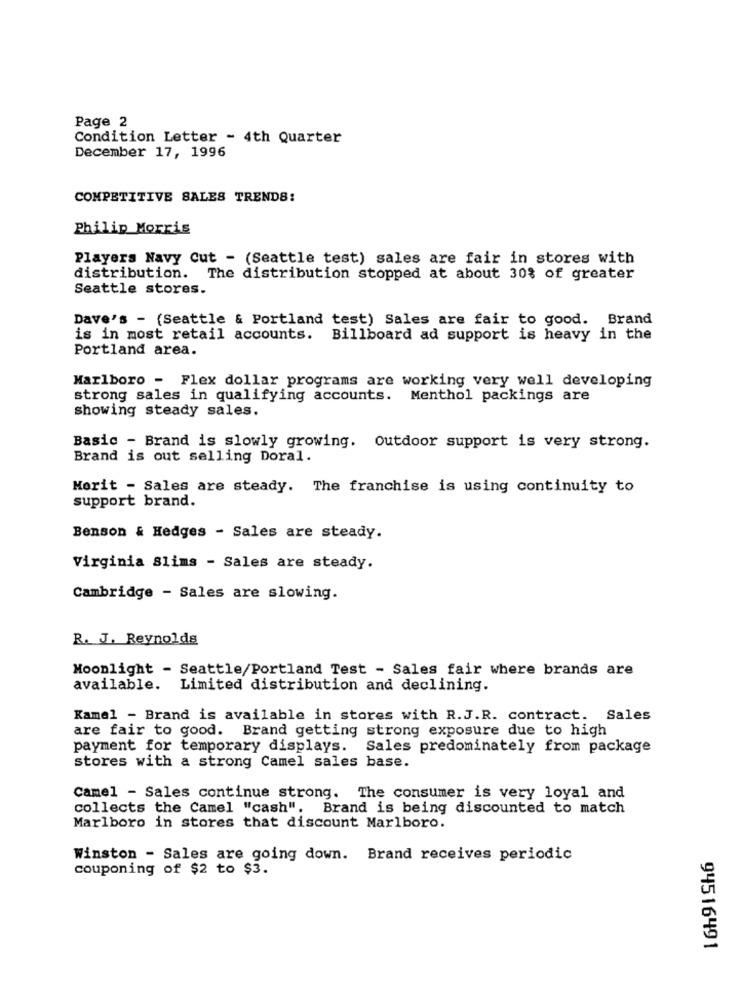
Page 2
Condition Letter - 4th Quarter
December 17, 1996
COMPETITIVE SALES TRENDS:
Philip Morris
Players Navy Cut - (Seattle test) sales are fair in stores with
distribution. The distribution stopped at about 30% of greater
Seattle stores.
Dave's - (Seattle & Portland test) Sales are fair to good. Brand
is in most retail accounts. Billboard ad support is heavy in the
Portland area.
Marlboro - Flex dollar programs are working very well developing
strong sales in qualifying accounts. Menthol packings are
showing steady sales.
Basic - Brand is slowly growing. Outdoor support is very strong.
Brand is out selling Doral.
Morit - Sales are steady. The franchise is using continuity to
support brand.
Benson & Hedges - Sales are steady.
Virginia Slims - Sales are steady.
Cambridge - Sales are slowing.
R. J. Reynolds
Moonlight - Seattle/Portland Test - Sales fair where brands are
available. Limited distribution and declining.
Kamel - Brand is available in stores with R.J.R. contract. Sales
are fair to good. Brand getting strong exposure due to high
payment for temporary displays. Sales predominately from package
stores with a strong Camel sales base.
Camel - Sales continue strong. The consumer is very loyal and
collects the Camel "cash". Brand is being discounted to match
Marlboro in stores that discount Marlboro.
Winston - Sales are going down. Brand receives periodic
couponing of $2 to $3.
94516491